Report of the Imperial Institute of Veterinary Research, Muktesar
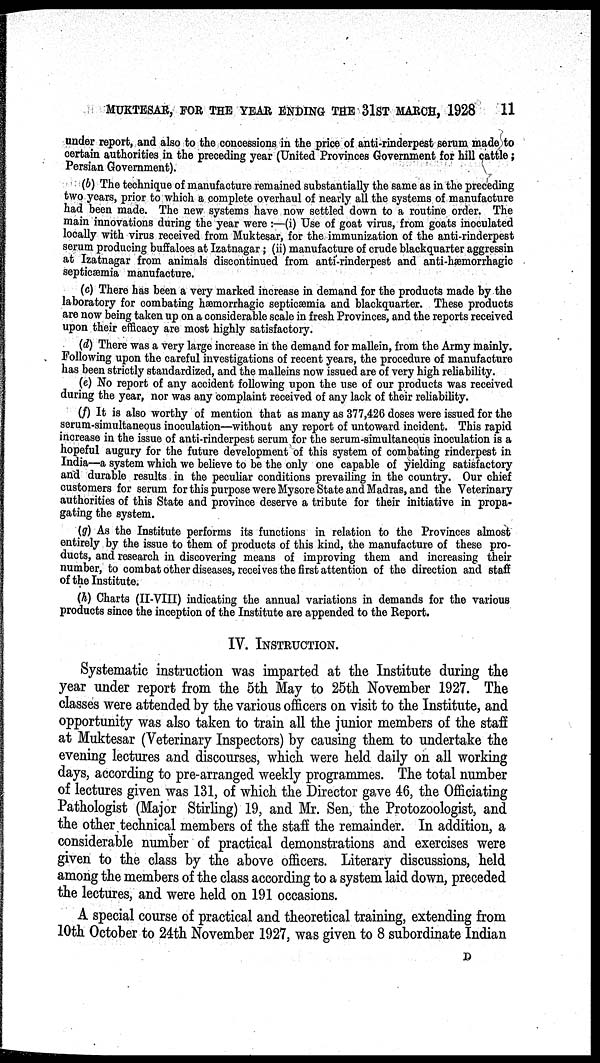
MUKTESAR, FOR THE YEAR ENDING THE 31ST MARCH, 1928
11
under report, and also to the concessions in the price of anti-rinderpest serum made to
certain authorities in the preceding year (United Provinces Government for hill cattle;
Persian Government).
(b) The technique of manufacture remained substantially the same as in the preceding
two years, prior to which a complete overhaul of nearly all the systems of manufacture
had been made. The new systems have now settled down to a routine order. The
main innovations during the year were :—(i) Use of goat virus, from goats inoculated
locally with virus received from Muktesar, for the immunization of the anti-rinderpest
serum producing buffaloes at Izatnagar; (ii) manufacture of crude blackquarter aggressin
at Izatnagar from animals discontinued. from anti-rinderpest and anti-hæmorrhagic
septicæmia manufacture.
(c) There has been a very marked increase in demand for the products made by the
laboratory for combating hæmorrhagic septicæmia and blackquarter. These products
are now being taken up on a considerable scale in fresh Provinces, and the reports received
upon their efficacy are most highly satisfactory.
(d) There was a very large increase in the demand for mallein, from the Army mainly.
Following upon the careful investigations of recent years, the procedure of manufacture
has been strictly standardized, and the malleins now issued are of very high reliability.
(e) No report of any accident following upon the use of our products was received
during the year, nor was any complaint received of any lack of their reliability.
(f) It is also worthy of mention that as many as 377,426 doses were issued for the
serum-simultaneous inoculation—without any report of untoward incident. This rapid
increase in the issue of anti-rinderpest serum for the serum-simultaneous inoculation is a
hopeful augury for the future development of this system of combating rinderpest in
India—a system which we believe to be the only one capable of yielding satisfactory
and durable results in the peculiar conditions prevailing in the country. Our chief
customers for serum for this purpose were Mysore State and Madras, and the Veterinary
authorities of this State and province deserve a tribute for their initiative in propa-
gating the system.
(g) As the Institute performs its functions in relation to the Provinces almost
entirely by the issue to them of products of this kind, the manufacture of these pro-
ducts, and research in discovering means of improving them and increasing their
number, to combat other diseases, receives the first attention of the direction and staff
of the Institute.
(h) Charts (II-VIII) indicating the annual variations in demands for the various
products since the inception of the Institute are appended to the Report.
IV.INSTRUCTION.
Systematic instruction was imparted at the Institute during the
year under report from the 5th May to 25th November 1927. The
classes were attended by the various officers on visit to the Institute, and
opportunity was also taken to train all the junior members of the staff
at Muktesar (Veterinary Inspectors) by causing them to undertake the
evening lectures and discourses, which were held daily on all working
days, according to pre-arranged weekly programmes. The total number
of lectures given was 131, of which the Director gave 46, the Officiating
Pathologist (Major Stirling) 19, and Mr. Sen, the Protozoologist, and
the other technical members of the staff the remainder. In addition, a
considerable number of practical demonstrations and exercises were
given to the class by the above officers. Literary discussions, held
among the members of the class according to a system laid down, preceded
the lectures, and were held on 191 occasions.
A special course of practical and theoretical training, extending from
10th October to 24th November 1927, was given to 8 subordinate Indian
D